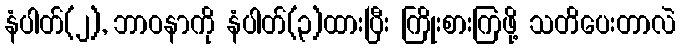
နံပါတ်(၂), ဘာဝနာကို နံပါတ်(၃)ထားပြီး ကြိုးစားကြဖို့ သတိပေးတာလဲ